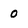
Character: 0